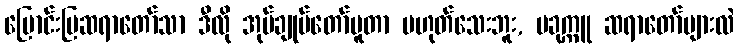
မြောင်းမြဆရာတော်သာ ဒီလို အုပ်ချုပ်တော်မူတာ မဟုတ်သေးဘူး, ပခုက္ကူ ဆရာတော်များလဲ